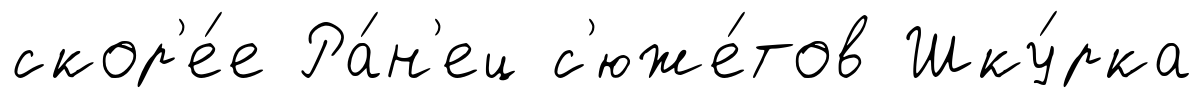
скор'е́е Ра́н'ец с'юже́тов Шку́рка